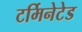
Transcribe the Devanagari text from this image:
टर्मिनेटेड